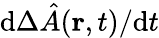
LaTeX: \mathrm{d}\Delta\hat{A}({\mathbf r},t)/\mathrm{d}t